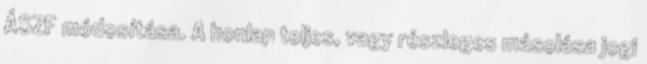
ÁSZF módosítása. A honlap teljes, vagy részleges másolása jogi